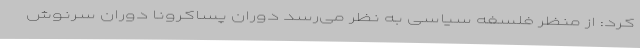
کرد: از منظر فلسفه سیاسی به نظر می‌رسد دوران پساکرونا دوران سرنوش